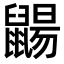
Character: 𪕫